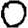
Digit: 0